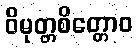
ဝိမုတ္တစိတ္တောဝ